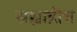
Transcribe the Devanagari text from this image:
सह्याद्रीच